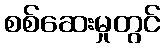
စစ်ဆေးမှုတွင်